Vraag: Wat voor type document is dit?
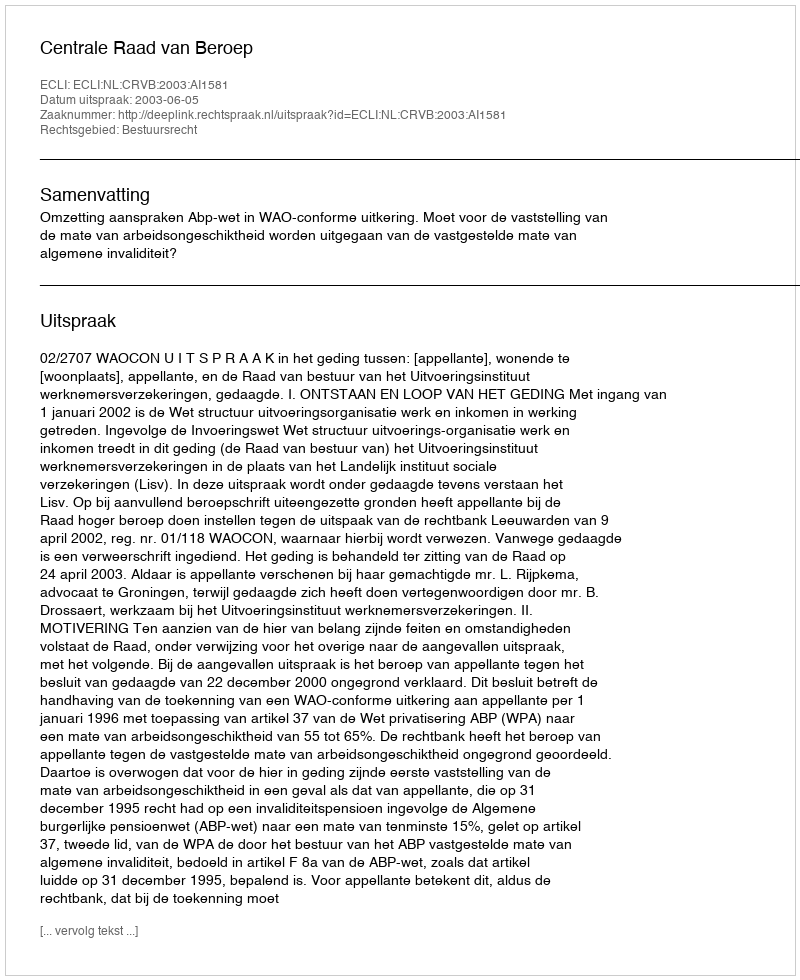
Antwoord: Uitspraak